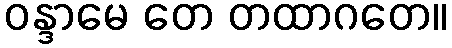
ဝန္ဒာမေ တေ တထာဂတေ။